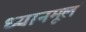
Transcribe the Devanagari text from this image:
ध्यानमूलं